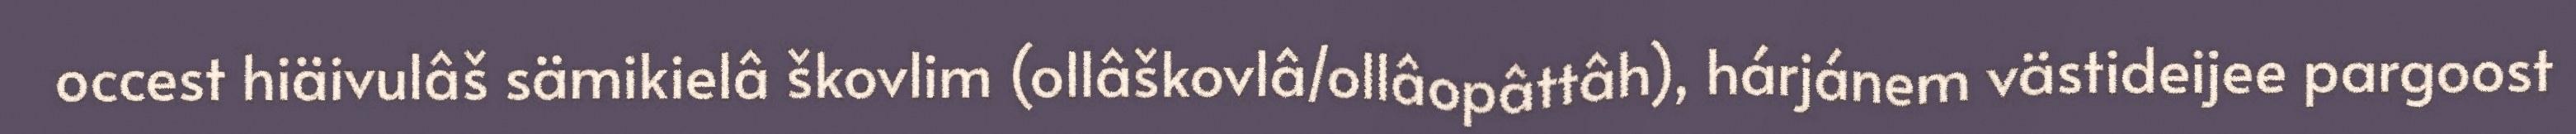
occest hiäivulâš sämikielâ škovlim (ollâškovlâ/ollâopâttâh), hárjánem västideijee pargoost